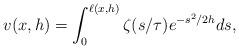
LaTeX: \begin{align*} v ( x , h ) = \int_{0}^{\ell ( x , h )} \zeta ( s / \tau ) e^{- s^{2} / 2 h} d s ,\end{align*}